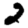
Digit: 2